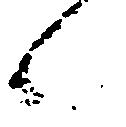
ん